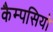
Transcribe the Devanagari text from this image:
कैम्पसियो